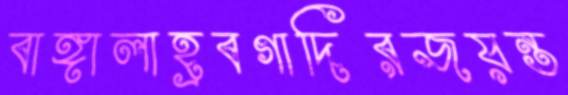
বাঙ্গালাহ্রবগাদিরজয়ন্ত